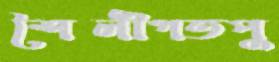
শৈলীগতপু